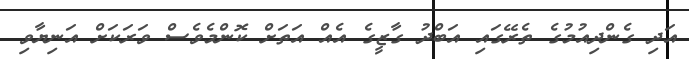
އަދި ގެންދިއުމުގެ ތެރޭގައި އަބްދު ގާޒީގެ އެއް އަތަށް ކޮންމެވެސް ވަރަކަށް އަނިޔާވި